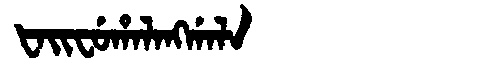
Manchu: ᡶᠠᡳᠸᡠᡥᠠᠯᠠᠩᡤᠠᠯᠠ
Romanization: FAIFUHALANGGALA